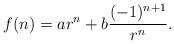
LaTeX: \begin{align*} f(n)=ar^n+b\dfrac{(-1)^{n+1}}{r^n}. \end{align*}